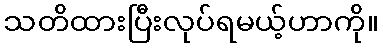
သတိထားပြီးလုပ်ရမယ့်ဟာကို။